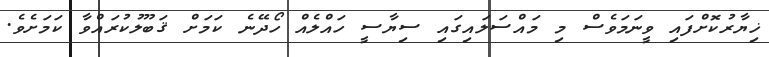
ޚިޔާރުކޮށްފައި ވީނަމަވެސް މި މައްސަލައިގައި ސިޔާސީ ހައްލެއް ހޯދޭނެ ކަމަށް ޤަބޫލުކުރައްވާ ކަމަށެވެ.